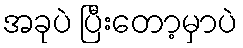
အခုပဲ ပြီးတော့မှာပဲ